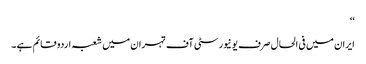
‘‘
ایران میں فی الحال صرف یو نیورسٹی آف تہران میں شعبہ اردو قائم ہے ۔